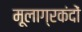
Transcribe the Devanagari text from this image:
मूलाग्रकंदों